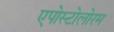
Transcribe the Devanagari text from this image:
एपोस्टोलोरम